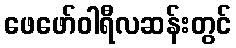
ဖေဖော်ဝါရီလဆန်းတွင်